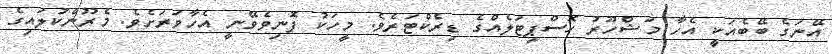
އޭނަގެ ބޭބެއަކީ އެހާ މަޝްހޫރު ހޮސްޕިޓަލެއްގެ ޑިރެކްޓަރެވެ. މީހަކު ފޮނިވެވޭނީ އެހާވަރަށެވެ. މެރޫންކުލައިގެ